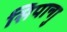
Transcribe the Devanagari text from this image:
सिपान्गु